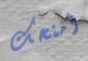
أمنحك